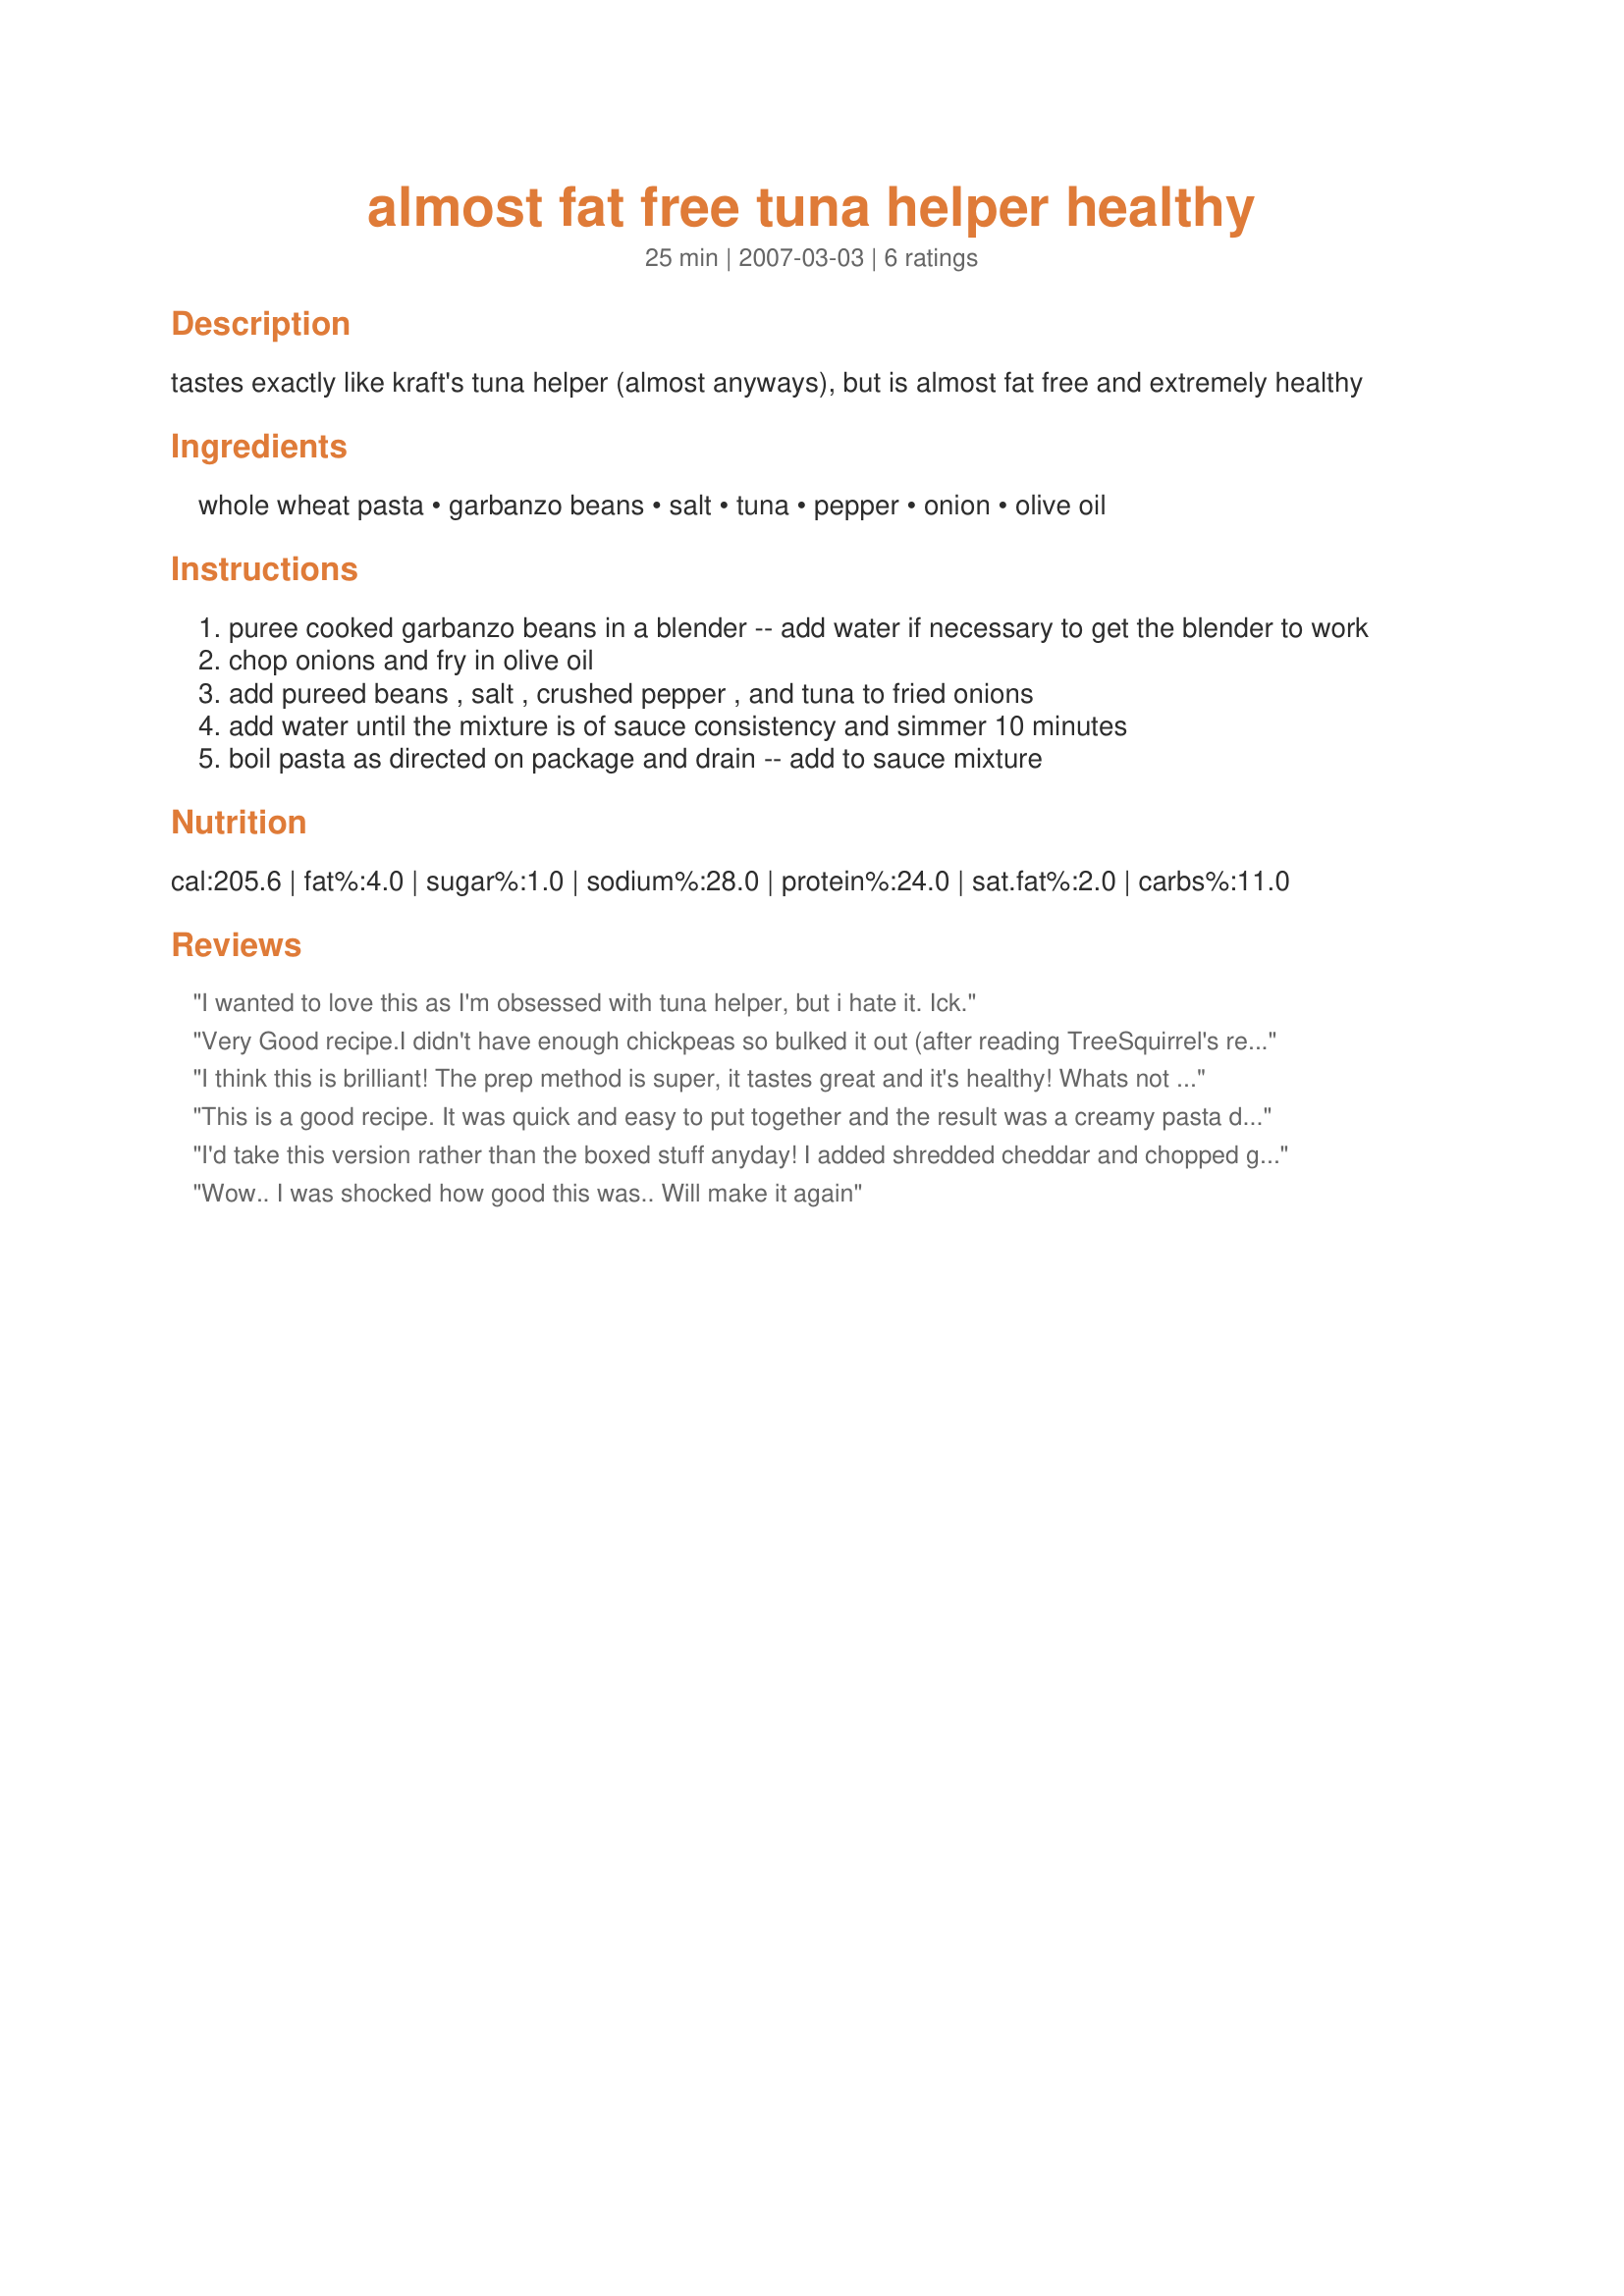
almost fat free tuna helper healthy
Preparation time: 25 minutes

tastes exactly like kraft's tuna helper (almost anyways), but is almost fat free and extremely healthy

Ingredients:
whole wheat pasta, garbanzo beans, salt, tuna, pepper, onion, olive oil

Steps:
puree cooked garbanzo beans in a blender -- add water if necessary to get the blender to work
chop onions and fry in olive oil
add pureed beans , salt , crushed pepper , and tuna to fried onions
add water until the mixture is of sauce consistency and simmer 10 minutes
boil pasta as directed on package and drain -- add to sauce mixture

Reviews:
I wanted to love this as I'm obsessed with tuna helper, but i hate it. Ick.
Very Good recipe.I didn't have enough chickpeas so bulked it out (after reading TreeSquirrel's review) with garlic,grated carrot,peas and corn,I will be making this again.Thank you.
I think this is brilliant! The prep method is super, it tastes great and it's healthy! Whats not to like. Clearly it will help if you like garbanzo's (I love them). The texture is very pleasent and the pepper flakes give it a kick. It doesn't take long to make and served with salad (I dressed mine very simply with lemon juice and a bit of salt) this makes a marvelous meal. Made for PAC, Fall'o7
This is a good recipe. It was quick and easy to put together and the result was a creamy pasta dish. I would make this again. Thanks!
I'd take this version rather than the boxed stuff anyday! I added shredded cheddar and chopped garlic, but left off the onions since I don't care for them. I also didn't drain my beans, but used the juice and added it into the blender. I think some chopped carrots and peas would be a great addition the next time I make this! Thanks for posting.
Wow.. I was shocked how good this was.. Will make it again
